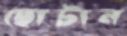
ছোটান